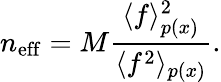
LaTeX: n_{\mathrm{eff}}=M\frac{\langle f\rangle_{p(x)}^{2}}{\langle f^{2}\rangle_{p(x)}}.